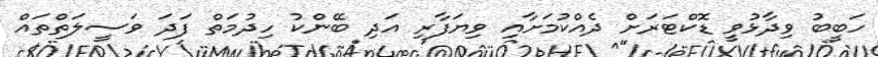
ހަބީބު ވިދާޅުުވީ ޑޮކްޓަރަށް ދެއްކުމަށާއި ވިޔަފާރި އަދި ބޭންކު ހިދުމަތް ފަދަ ވަސީލަތްތައް